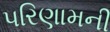
પરિણામની